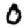
Digit: 0